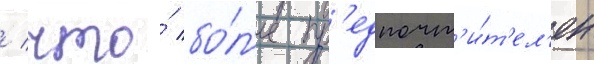
/ что́ бо́л'ее пр'едпочт'и́т'ел'ен